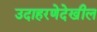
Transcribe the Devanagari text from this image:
उदाहरणेदेखील